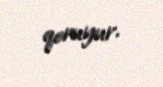
qoruyur.